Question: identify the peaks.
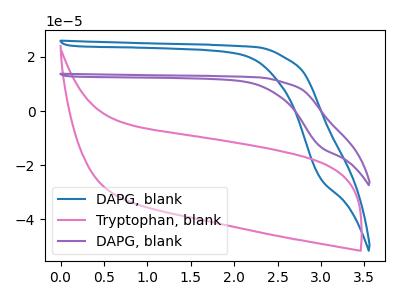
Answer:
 <answer>The blue curve "DAPG, blank" has no peaks. The pink curve "Tryptophan, blank" has no peaks. The purple curve "DAPG, blank" has no peaks.</answer>
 <eval></eval>